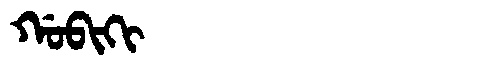
Manchu: ᡤᠣᠪᡳᡴᡳ
Romanization: GOBIKI